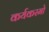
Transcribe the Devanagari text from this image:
कर्यकरमो